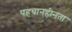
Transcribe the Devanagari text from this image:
पहचानहीनता